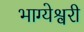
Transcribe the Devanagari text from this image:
भाग्येश्वरी